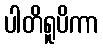
ပါတိရူပိကာ